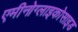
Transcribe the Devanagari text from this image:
एमीनोग्लाइकोसाइड